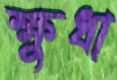
ক্ষুধা